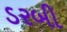
ડરબી